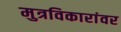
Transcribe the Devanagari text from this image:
मुत्रविकारांवर